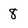
Character: 8